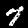
Digit: 7